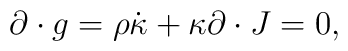
\partial \cdot g = \rho \dot{\kappa} + \kappa\partial\cdot J = 0 ,